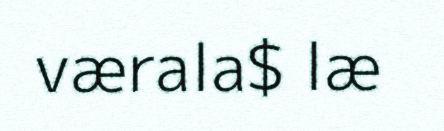
værala$ læ